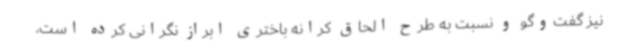
نیز گفت‌وگو و نسبت به طرح الحاق کرانه باختری ابراز نگرانی کرده است،